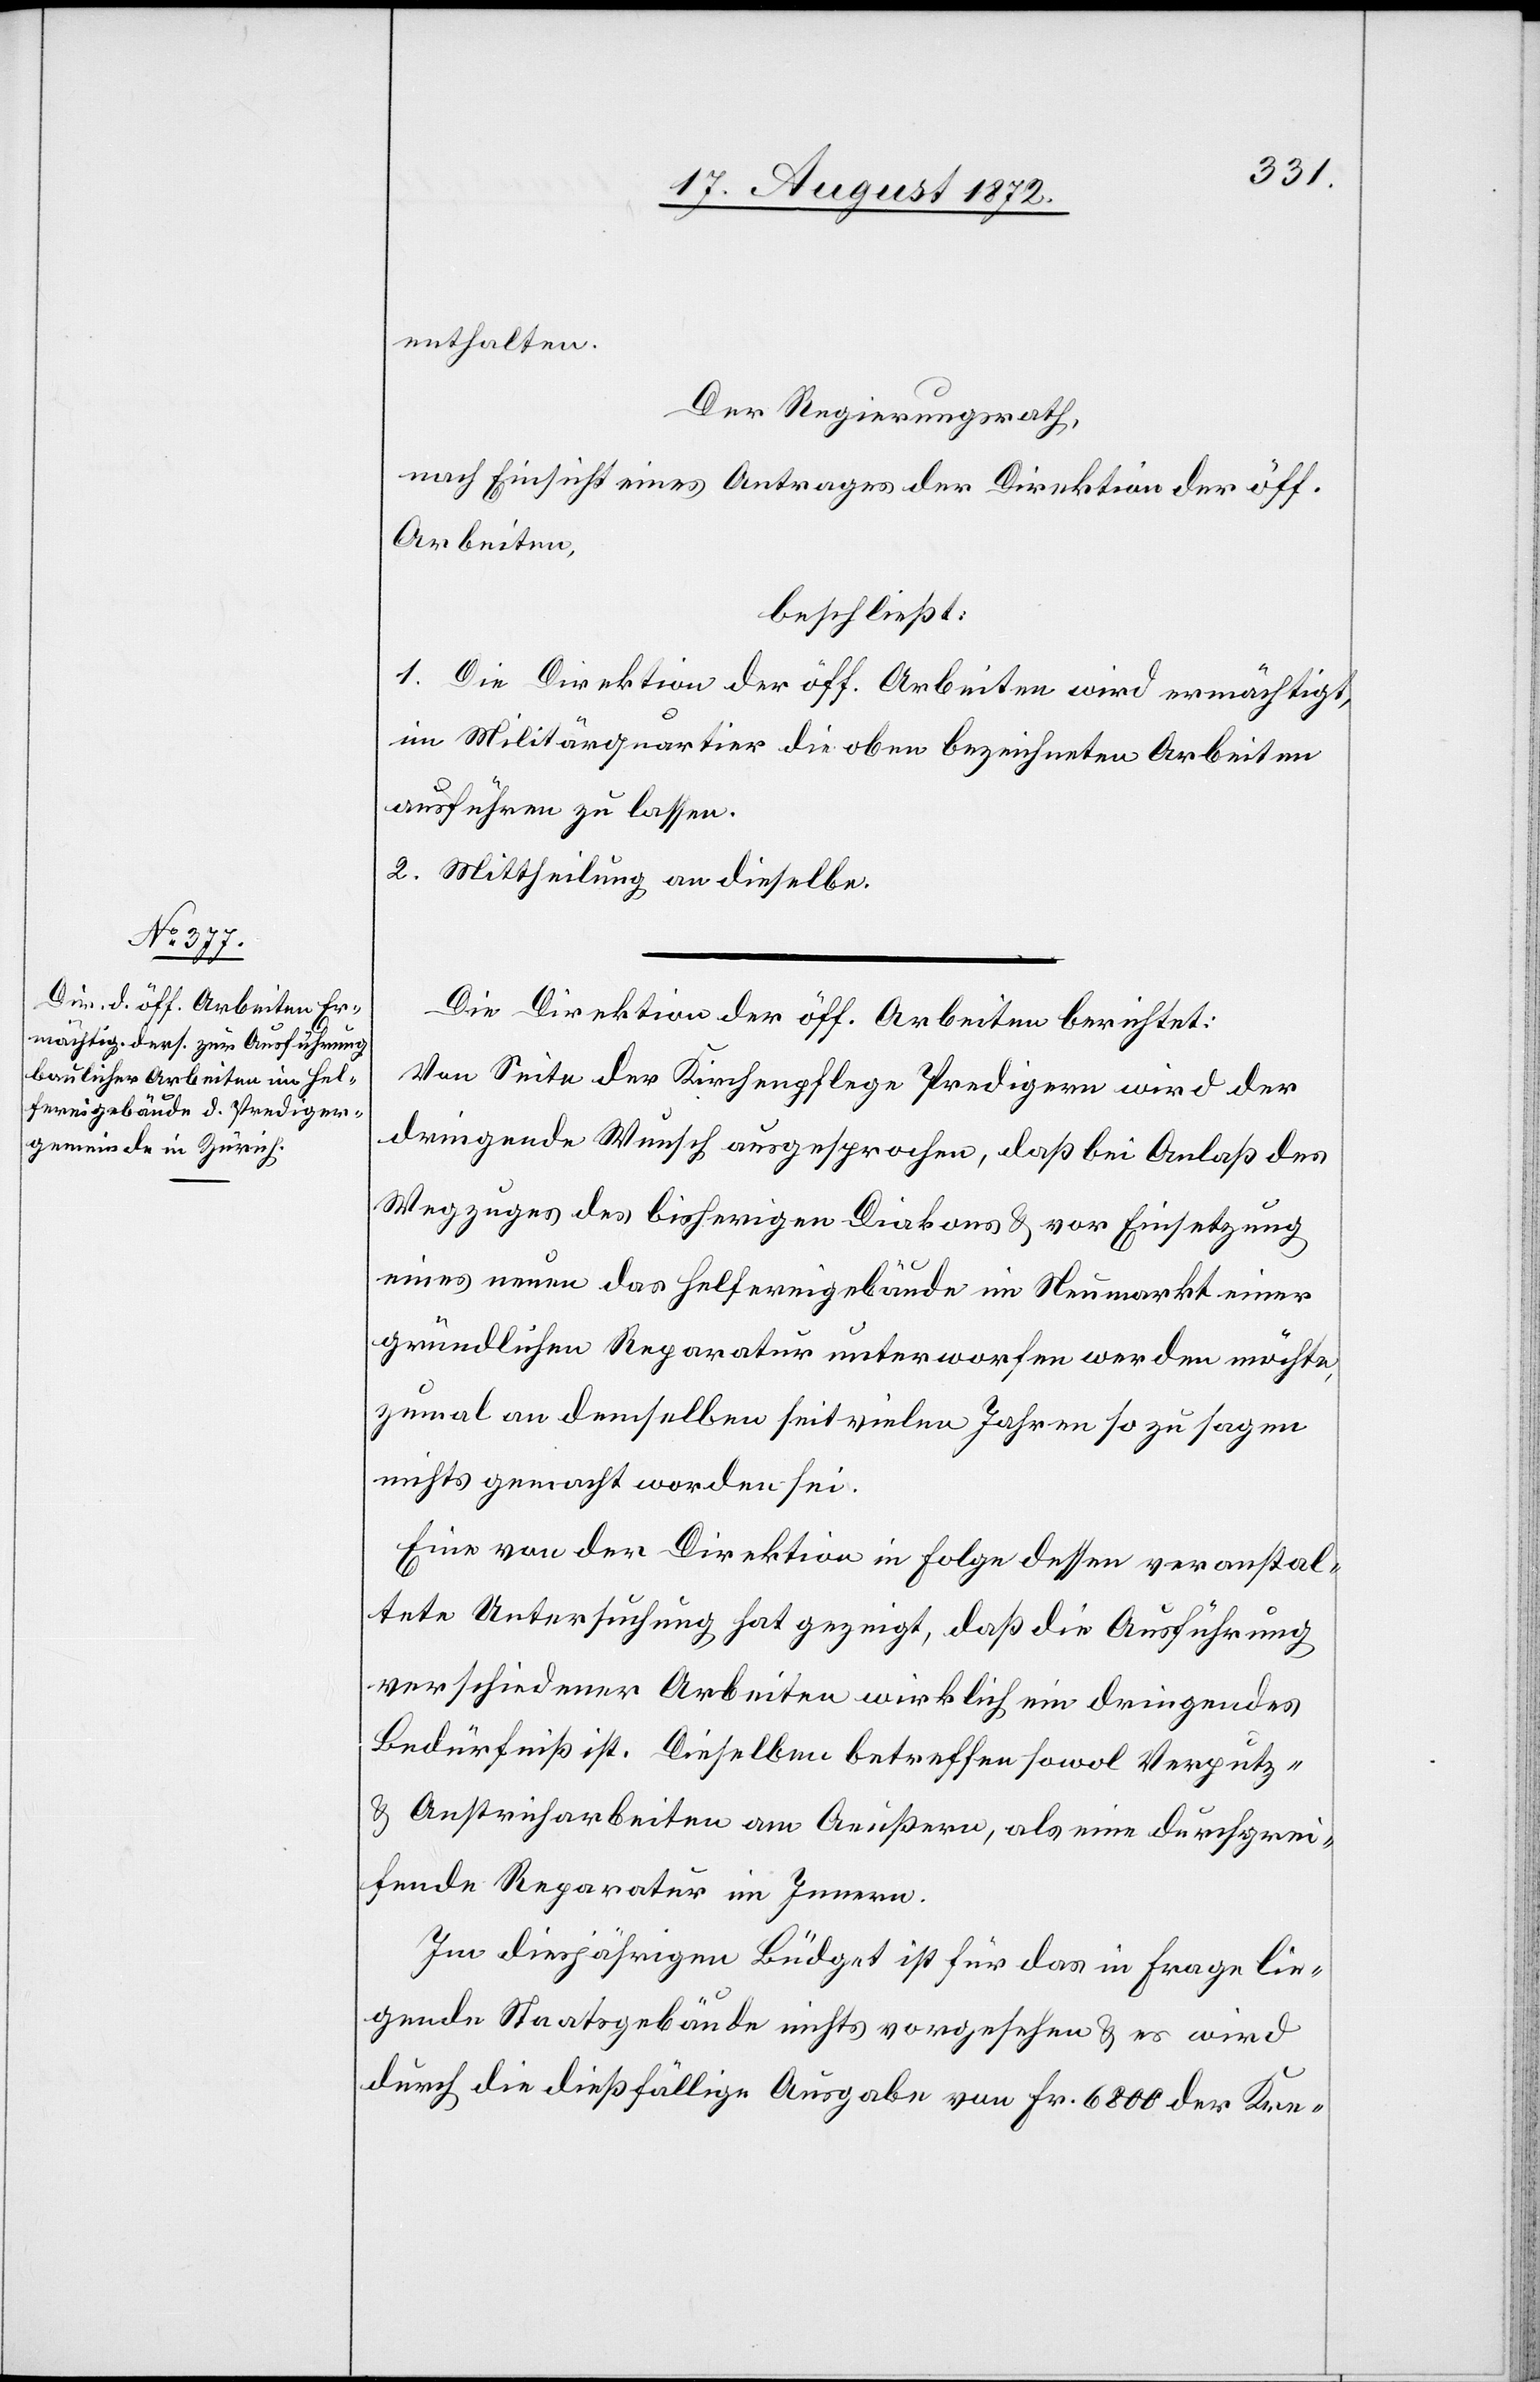
enthalten.
Der Regierungsrath,
nach Einsicht eines Antrages der Direktion der öff.
Arbeiten,
beschließt:
1. Die Direktion der öff. Arbeiten wird ermächtigt,
im Militärquartier die oben bezeichneten Arbeiten
ausführen zu lassen.
2. Mittheilung an dieselbe.
Die Direktion der öff. Arbeiten berichtet:
Von Seite der Kirchenpflege Predigern wird der
dringende Wunsch ausgesprochen, daß bei Anlaß des
Wegzuges des bisherigen Diakons u. vor Einsetzung
eines neuen das Helfereigebäude im Neumarkt einer
gründlichen Reparatur unterworfen werden möchte,
zumal an demselben seit vielen Jahren so zu sagen
nichts gemacht worden sei.
Eine von der Direktion in Folge dessen veranstal¬
tete Untersuchung hat gezeigt, daß die Ausführung
verschiedener Arbeiten wirklich ein dringendes
Bedürfniß ist. Dieselben betreffen sowol Verputz-
u. Anstricharbeiten am Aeußern, als eine durchgrei¬
fende Reparatur im Innern.
Im diesjährigen Büdget ist für das in Frage lie¬
gende Staatsgebäude nichts vorgesehen u. es wird
durch die dießfällige Ausgabe von Fr. 6800 der Kre-